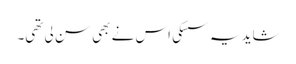
شاید یہ سسکی اس نے بھی سن لی تھی۔